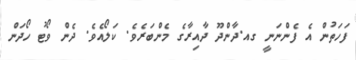
ފަހަތުން އެ ފެންނަނީ ގއ.ދާންދޫ ދާއިރާގެ މެންބަރެވެ. ކަލޯއެވެ. ދެން ވޯޓު ހޯދަން